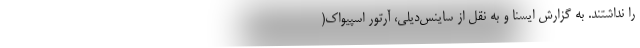
را نداشتند. به گزارش ایسنا و به نقل از ساینس‌دیلی، آرتور اسپیواک(